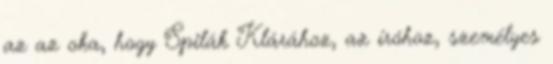
az az oka, hogy Spilák Klárához, az íróhoz, személyes